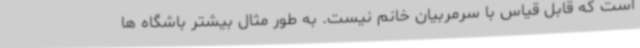
است که قابل قیاس با سرمربیان خانم نیست. به طور مثال بیشتر باشگاه ها